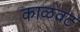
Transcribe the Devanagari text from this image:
काळवट